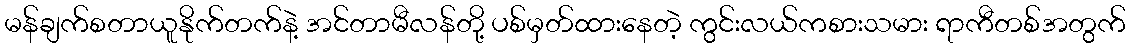
မန်ချက်စတာယူနိုက်တက်နဲ့ အင်တာမီလန်တို့ ပစ်မှတ်ထားနေတဲ့ ကွင်းလယ်ကစားသမား ရာကီတစ်အတွက်